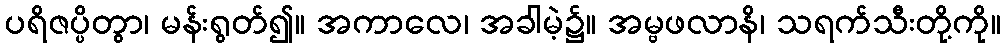
ပရိဇပ္ပိတွာ၊ မန်းရွတ်၍။ အကာလေ၊ အခါမဲ့၌။ အမ္ဗဖလာနိ၊ သရက်သီးတို့ကို။